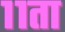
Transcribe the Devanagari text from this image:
११ता